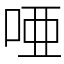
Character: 唖